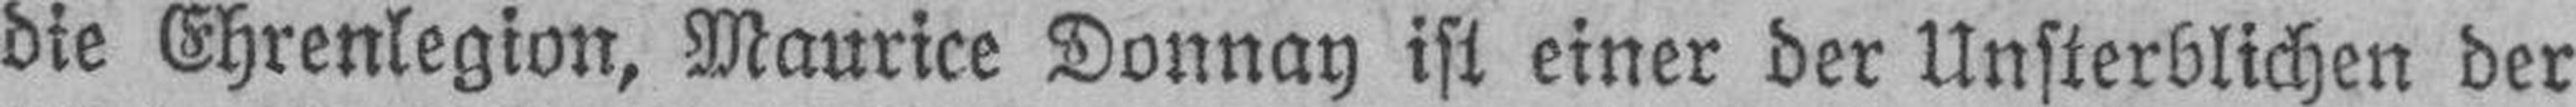
die Ehrenlegion, Maurice Donnay ist einer der Unsterblichen der